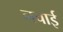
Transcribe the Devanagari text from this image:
नचाई